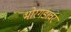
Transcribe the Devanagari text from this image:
भोरगडावर